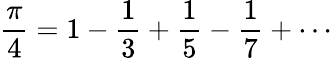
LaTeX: {\frac{\pi}{4}}=1-{\frac{1}{3}}+{\frac{1}{5}}-{\frac{1}{7}}+\cdots